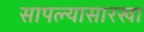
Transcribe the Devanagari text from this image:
सापल्यासारखा